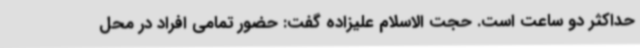
حداکثر دو ساعت است. حجت الاسلام علیزاده گفت: حضور تمامی افراد در محل